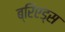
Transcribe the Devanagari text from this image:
ब्रिएड्स